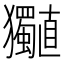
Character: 𤣡